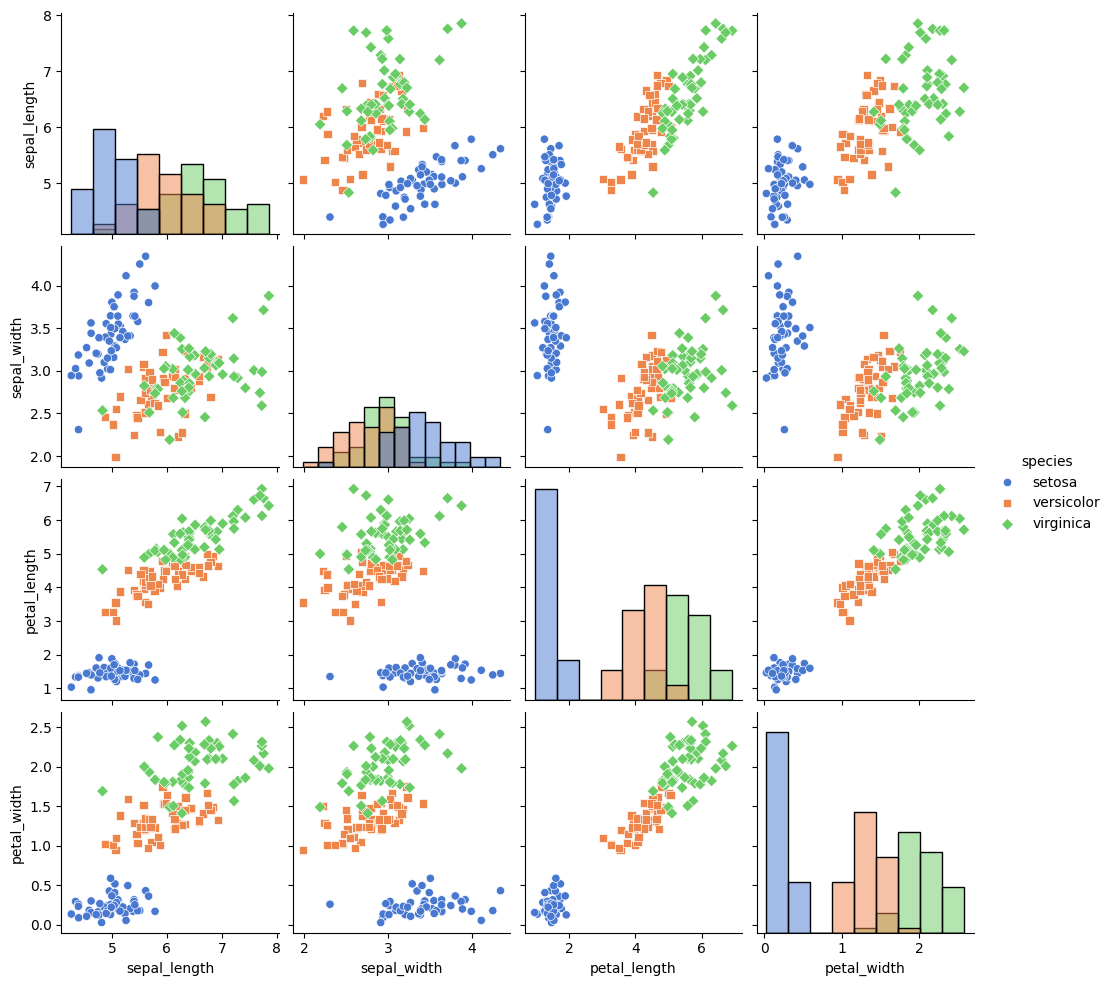
python, seaborn, pairplot, palette='muted', markers=['o', 's', 'D'], kind='scatter', diag_kind='hist'